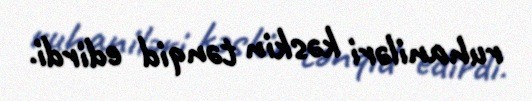
ruhaniləri kəskin tənqid edirdi.